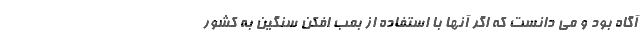
آگاه بود و می دانست که اگر آنها با استفاده از بمب افکن سنگین به کشور